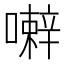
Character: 𰈹